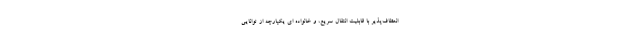
انعطاف‌پذیر با قابلیت انتقال سریع، و خانواده ای یکپارچه از توانایی